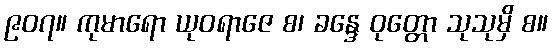
၉၀၇။ ကုမာရော ယုဝရာဇေ စ၊ ခန္ဒေ ဝုတ္တော သုသုမှိ စ။